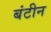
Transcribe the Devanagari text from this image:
बंटीन